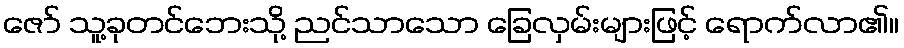
ဇော် သူ့ခုတင်ဘေးသို့ ညင်သာသော ခြေလှမ်းများဖြင့် ရောက်လာ၏။